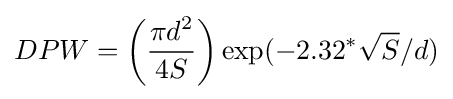
DPW=\left({\frac {\displaystyle \pi d^{2}}{4S}}\right)\exp(-2.32^{*}{\sqrt {S}}/d)